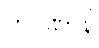
ကပဏာနိ